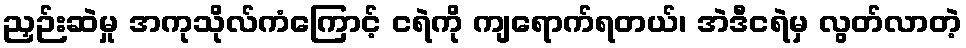
ညှဉ်းဆဲမှု အကုသိုလ်ကံကြောင့် ငရဲကို ကျရောက်ရတယ်၊ အဲဒီငရဲမှ လွတ်လာတဲ့